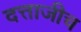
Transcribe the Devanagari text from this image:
दत्ताजीच